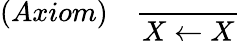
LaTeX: (Axiom)\quad{\frac{}{X\leftarrow X}}